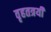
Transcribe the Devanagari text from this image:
वृहतत्रयी